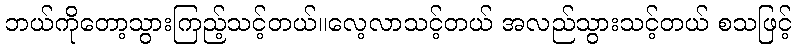
ဘယ်ကိုတော့သွားကြည့်သင့်တယ်။လေ့လာသင့်တယ် အလည်သွားသင့်တယ် စသဖြင့်